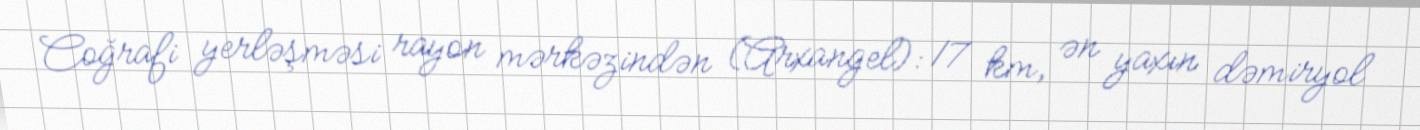
Coğrafi yerləşməsi rayon mərkəzindən (Arxangel): 17 km, ən yaxın dəmiryol